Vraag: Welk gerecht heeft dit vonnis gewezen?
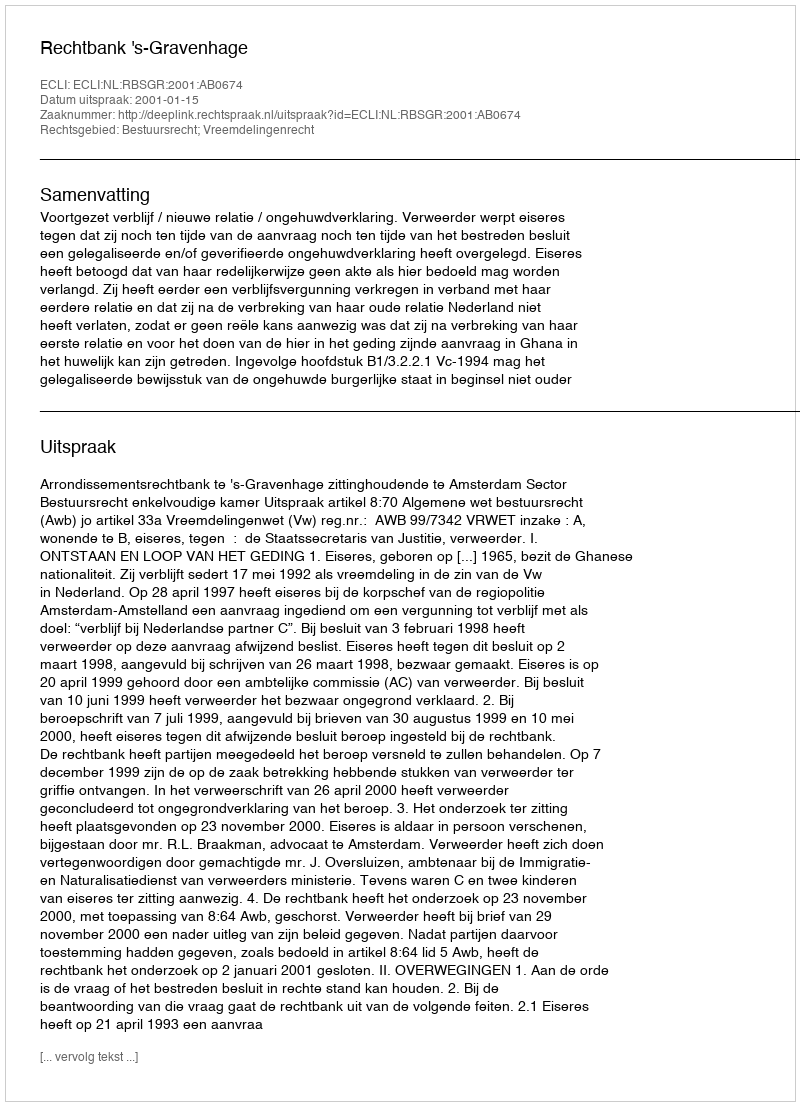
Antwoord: Rechtbank 's-Gravenhage